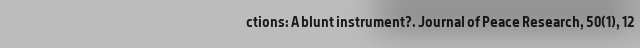
ctions: A blunt instrument?. Journal of Peace Research, 50(1), 12